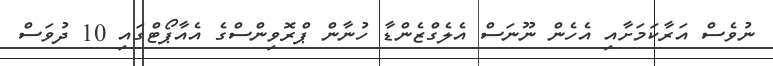
ނުވެސް އަރާކަމަށާއި އެހެން ނޫނަސް އެލެގްޒެންޑާ ހުނާން ޕްރޮވިންސްގެ އެއާޕޯޓްގައި 10 ދުވަސް